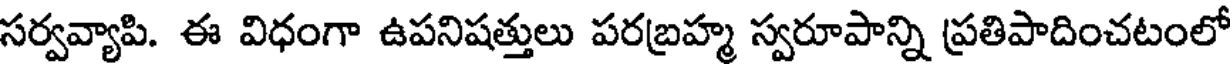
సర్వవ్యాపి. ఈ విధంగా ఉపనిషత్తులు పరబ్రహ్మ స్వరూపాన్ని ప్రతిపాదించటంలో